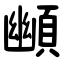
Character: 䫜